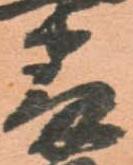
番